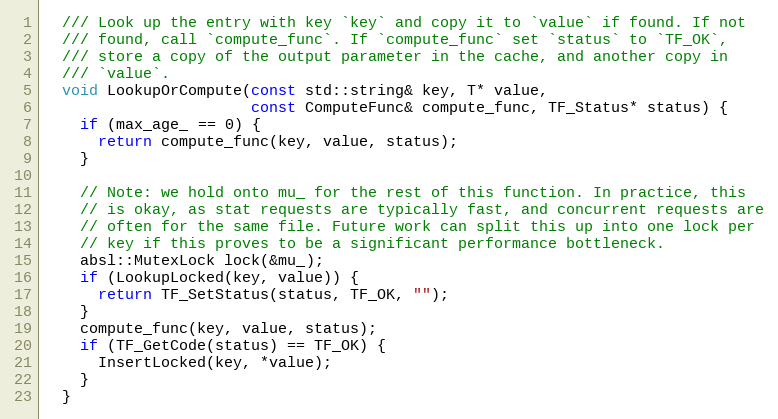
Language: C
  /// Look up the entry with key `key` and copy it to `value` if found. If not
  /// found, call `compute_func`. If `compute_func` set `status` to `TF_OK`,
  /// store a copy of the output parameter in the cache, and another copy in
  /// `value`.
  void LookupOrCompute(const std::string& key, T* value,
                       const ComputeFunc& compute_func, TF_Status* status) {
    if (max_age_ == 0) {
      return compute_func(key, value, status);
    }

    // Note: we hold onto mu_ for the rest of this function. In practice, this
    // is okay, as stat requests are typically fast, and concurrent requests are
    // often for the same file. Future work can split this up into one lock per
    // key if this proves to be a significant performance bottleneck.
    absl::MutexLock lock(&mu_);
    if (LookupLocked(key, value)) {
      return TF_SetStatus(status, TF_OK, "");
    }
    compute_func(key, value, status);
    if (TF_GetCode(status) == TF_OK) {
      InsertLocked(key, *value);
    }
  }